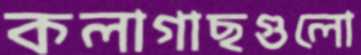
কলাগাছগুলো